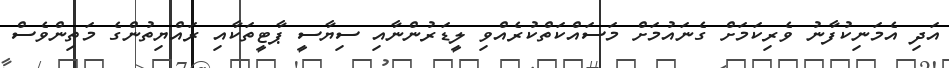
އަދި އެމަނިކުފާނު ވެރިކަމަށް ގެނައުމަށް މަސައްކަތްކުރެއްވި ލީޑަރުންނާއި ސިޔާސީ ޕާޓީތަކާއި ރައްޔިތުންގެ މަތިންވެސް